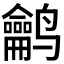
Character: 𱊵